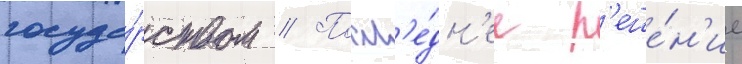
госуда́рством // Посл'е́дн'ее р'еше́н'ие